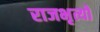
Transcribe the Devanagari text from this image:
राजभृत्यों